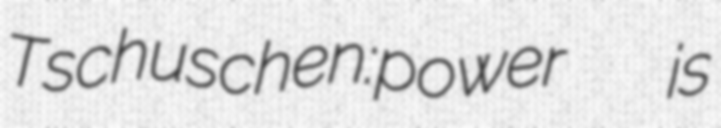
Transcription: Tschuschen:power   is